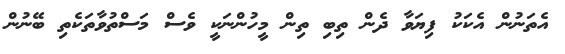
އެތަނުން އެކަކު ފިޔަވާ ދެން ތިބި ތިން މީހުންނަކީ ވެސް މަސްތުވާތަކެތި ބޭނުން